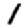
Digit: 1